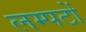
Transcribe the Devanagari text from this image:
लम्पटों